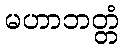
မဟာဘတ္တံ